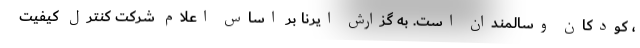
، کودکان وسالمندان است. به گزارش ایرنا بر اساس اعلام شرکت کنترل کیفیت